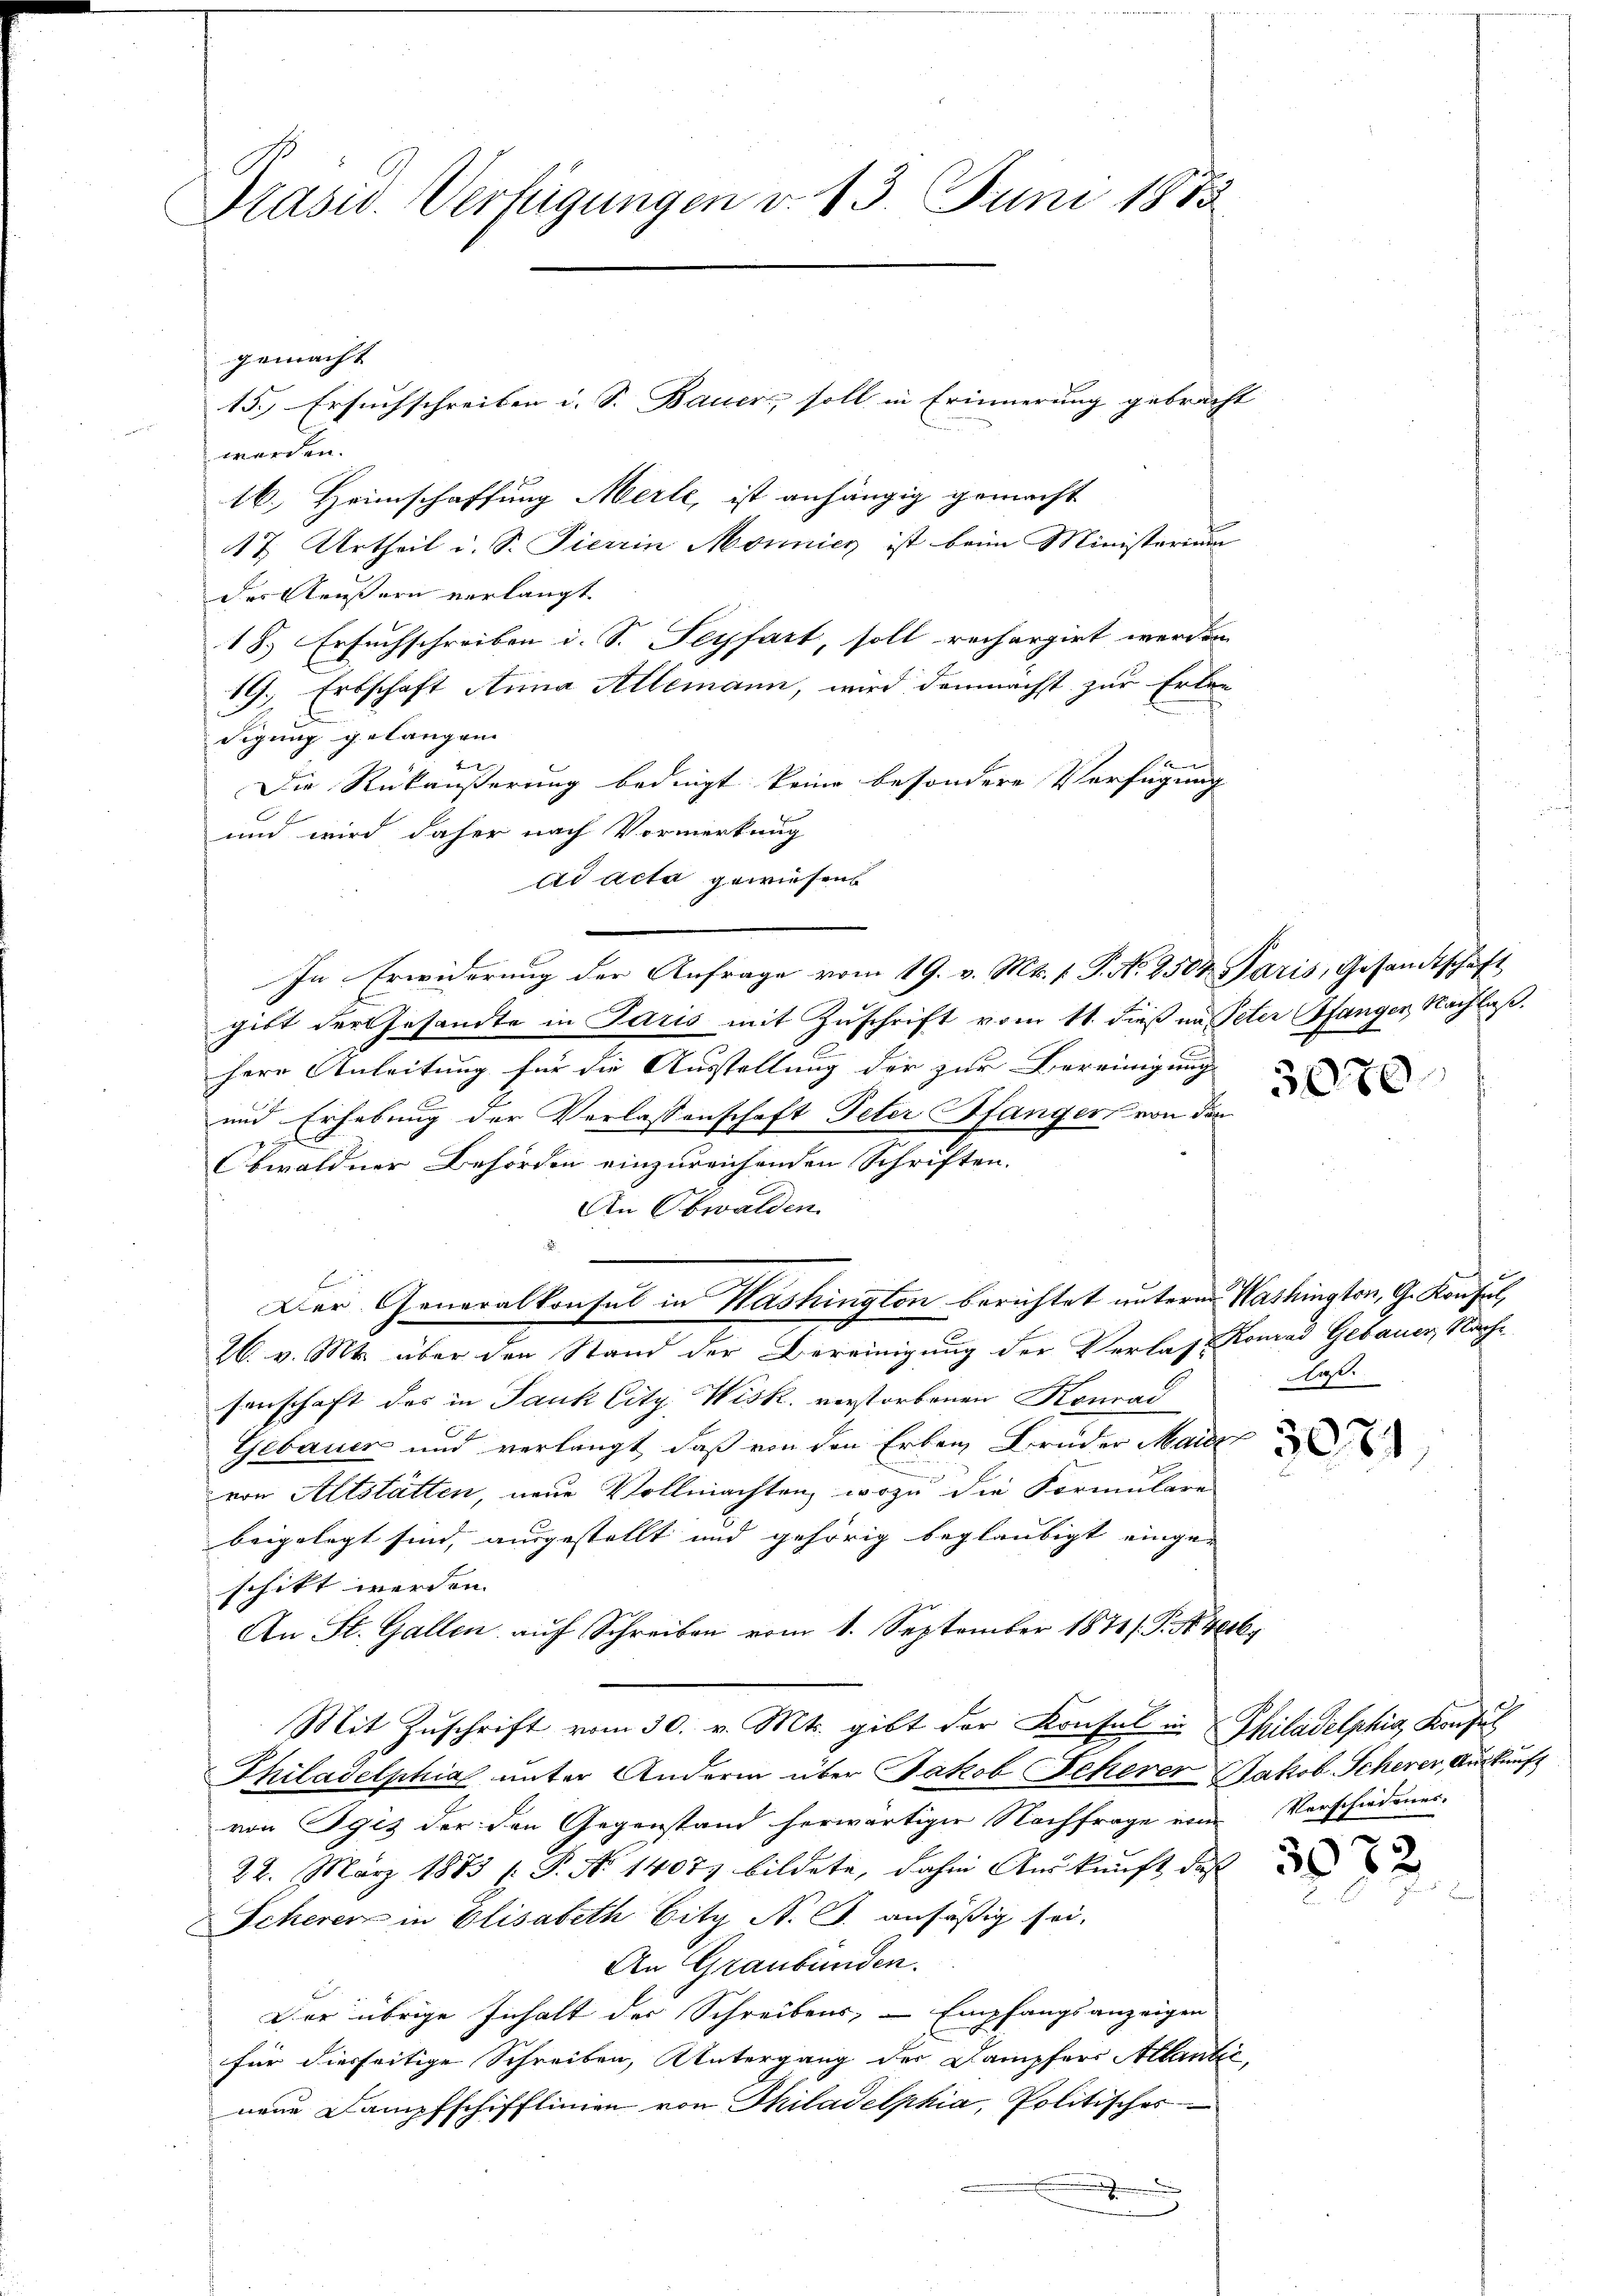
Prasis. Verfügungen v. 13. Juni 1873

gemacht
15.) Ersuchschreiben u. S. Bauer, soll in Erinnerung gebracht
werden.
16. Heimschaffung Merle, ist anhängig gemacht
17 Urtheil i. S. Tierein Monnicz ist beim Ministerium
des Aeußern verlangt.
18. Ersuchschreiben i. S. Seyfart, soll rechargirt werden.
19. Erbschaft Anna Allemann, wird demnächst zur Erlan
digung gelangen.
Die Rückäußerung bedingt keine besondere Verfügung
und wird daher nach Vormerkung
ad acta gewiesen
In Erwiderung der Anfrage vom 19. v. Mts. v. P. N. 2504 Paris, Gesandtschaft
gibt der Gesandte in Paris mit Zuschrift vom 11. dieß im Peter Pfanger Nachlaß.
Herr Anleitung für die Ausstellung der zur Bereinigung
und Erhebung der Verlassenschaft Peter Pfanger von den

Obwaldner Behörden einzureichenden Schriften.
An Obwalden.
Der Generalkonsul in Washington berichtet untern Washington, G. Konsul,
26. v. Mts. über den Stand der Bereinigung der Verlass Konrad Gebauer Nache
senschaft des in Jauk City Wisk. verstorbenen Komad
Gebauer und verlangt, daß von den Erben Bruder Mai
von Altstätten, neue Vollmachten, wozu die Formulare
beigelegt sind, ausgestellt und gehörig beglaubigt einge-
schikt werden.
An St. Gallen auf Schreiben vom 1. September 1871 /. P. N. 416.
Mit Zuschrift vom 30. v. Mts. gibt der Konsul in Philadelphia, Konsul
Thiladelphia unter Andern über Jakob Schevor Jakob Scherer, Auskunft
von Gges der den Gegenstand herwärtiger Nachfrage eine Verschiedenes
22. März 1883 (: P. No 1407) bildete, dahin Auskunft, daß
Scherer in Elisabeth Bity N. J. ansäßig sei,
An Graubünden.
Der übrige Inhalt der Schreibens, – Empfangsanzeigen
für diesseitige Schreiben, Untergang der Dampfers Allantic
nene Dampfschifflinien von Thiladelphia, Politisches
x
.

3070

laß.

d

3072